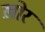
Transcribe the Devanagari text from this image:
ख़ोर